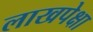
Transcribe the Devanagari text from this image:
लाखपेक्षा